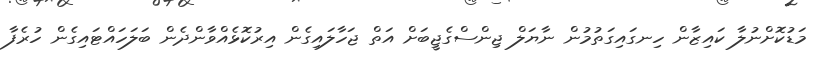
މަޑުކޮށްނުލާ ކައިޒާން ހިނގައިގަތުމުން ނާޔަލް ޖިންސްގެޖީބަށް އަތް ޖަހާލައިގެން އިރުކޮޅެއްވާންދެން ބަލަހައްޓައިގެން ހުރެފާ